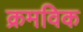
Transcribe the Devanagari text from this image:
क्रमविक